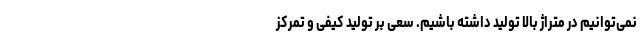
نمی‌توانیم در متراژ بالا تولید داشته باشیم. سعی بر تولید کیفی و تمرکز